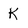
Character: K